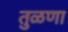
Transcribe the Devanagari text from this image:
तुळणा